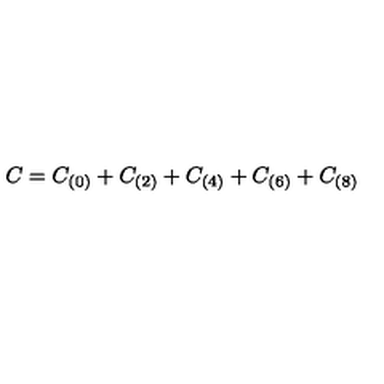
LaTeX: C = C _ { ( 0 ) } + C _ { ( 2 ) } + C _ { ( 4 ) } + C _ { ( 6 ) } + C _ { ( 8 ) }